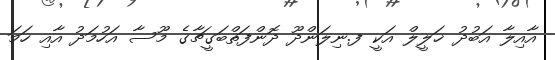
އާއިލާ އަބުދު ޚަލީލް އަކީ ފ.ނިލަންދޫ ދޮންފަތްބަގީޗާގެ މޫސާ އަހުމަދު އާއި ހަމަ